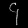
Digit: ၄